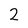
Character: 2